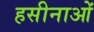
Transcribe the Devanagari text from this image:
हसीनाओं